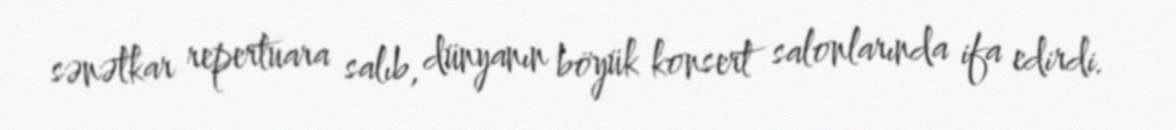
sənətkar repertuara salıb, dünyanın böyük konsert salonlarında ifa edirdi.